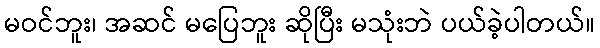
မဝင်ဘူး၊ အဆင် မပြေဘူး ဆိုပြီး မသုံးဘဲ ပယ်ခဲ့ပါတယ်။